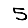
Digit: 5